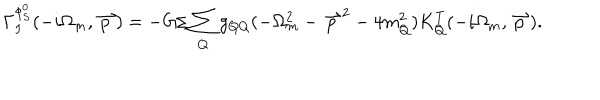
LaTeX: \Gamma _ { I } ^ { \phi _ { S } ^ { 0 } } ( - i \Omega _ { m } , \stackrel { \rightharpoonup } { p } ) = - G / \sum _ { Q } g _ { Q Q } ( - \Omega _ { m } ^ { 2 } - { \stackrel { \rightharpoonup } { p } } ^ { 2 } - 4 m _ { Q } ^ { 2 } ) K _ { Q } ^ { T } ( - i \Omega _ { m } , \stackrel { \rightharpoonup } { p } ) .